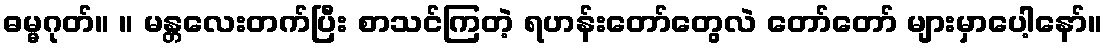
ဓမ္မဂုတ်။ ။ မန္တလေးတက်ပြီး စာသင်ကြတဲ့ ရဟန်းတော်တွေလဲ တော်တော် များမှာပေါ့နော်။